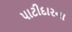
પાટીદારના